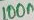
Text: 100n